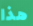
هذا